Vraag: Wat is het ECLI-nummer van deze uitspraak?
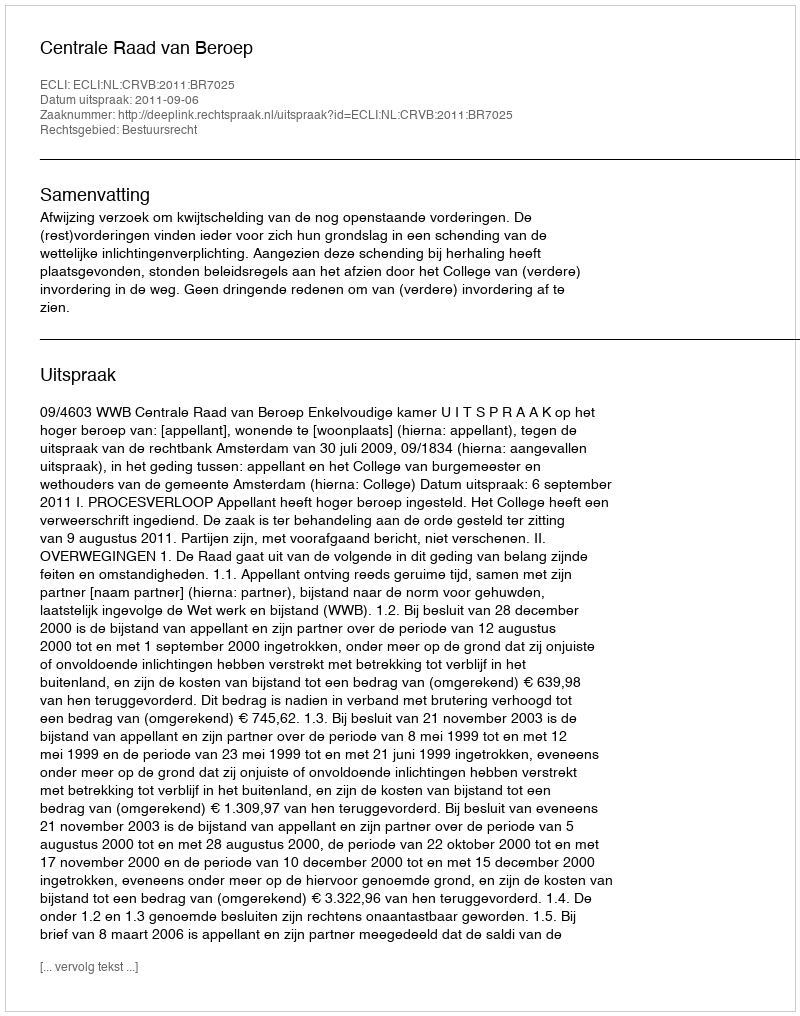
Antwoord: ECLI:NL:CRVB:2011:BR7025